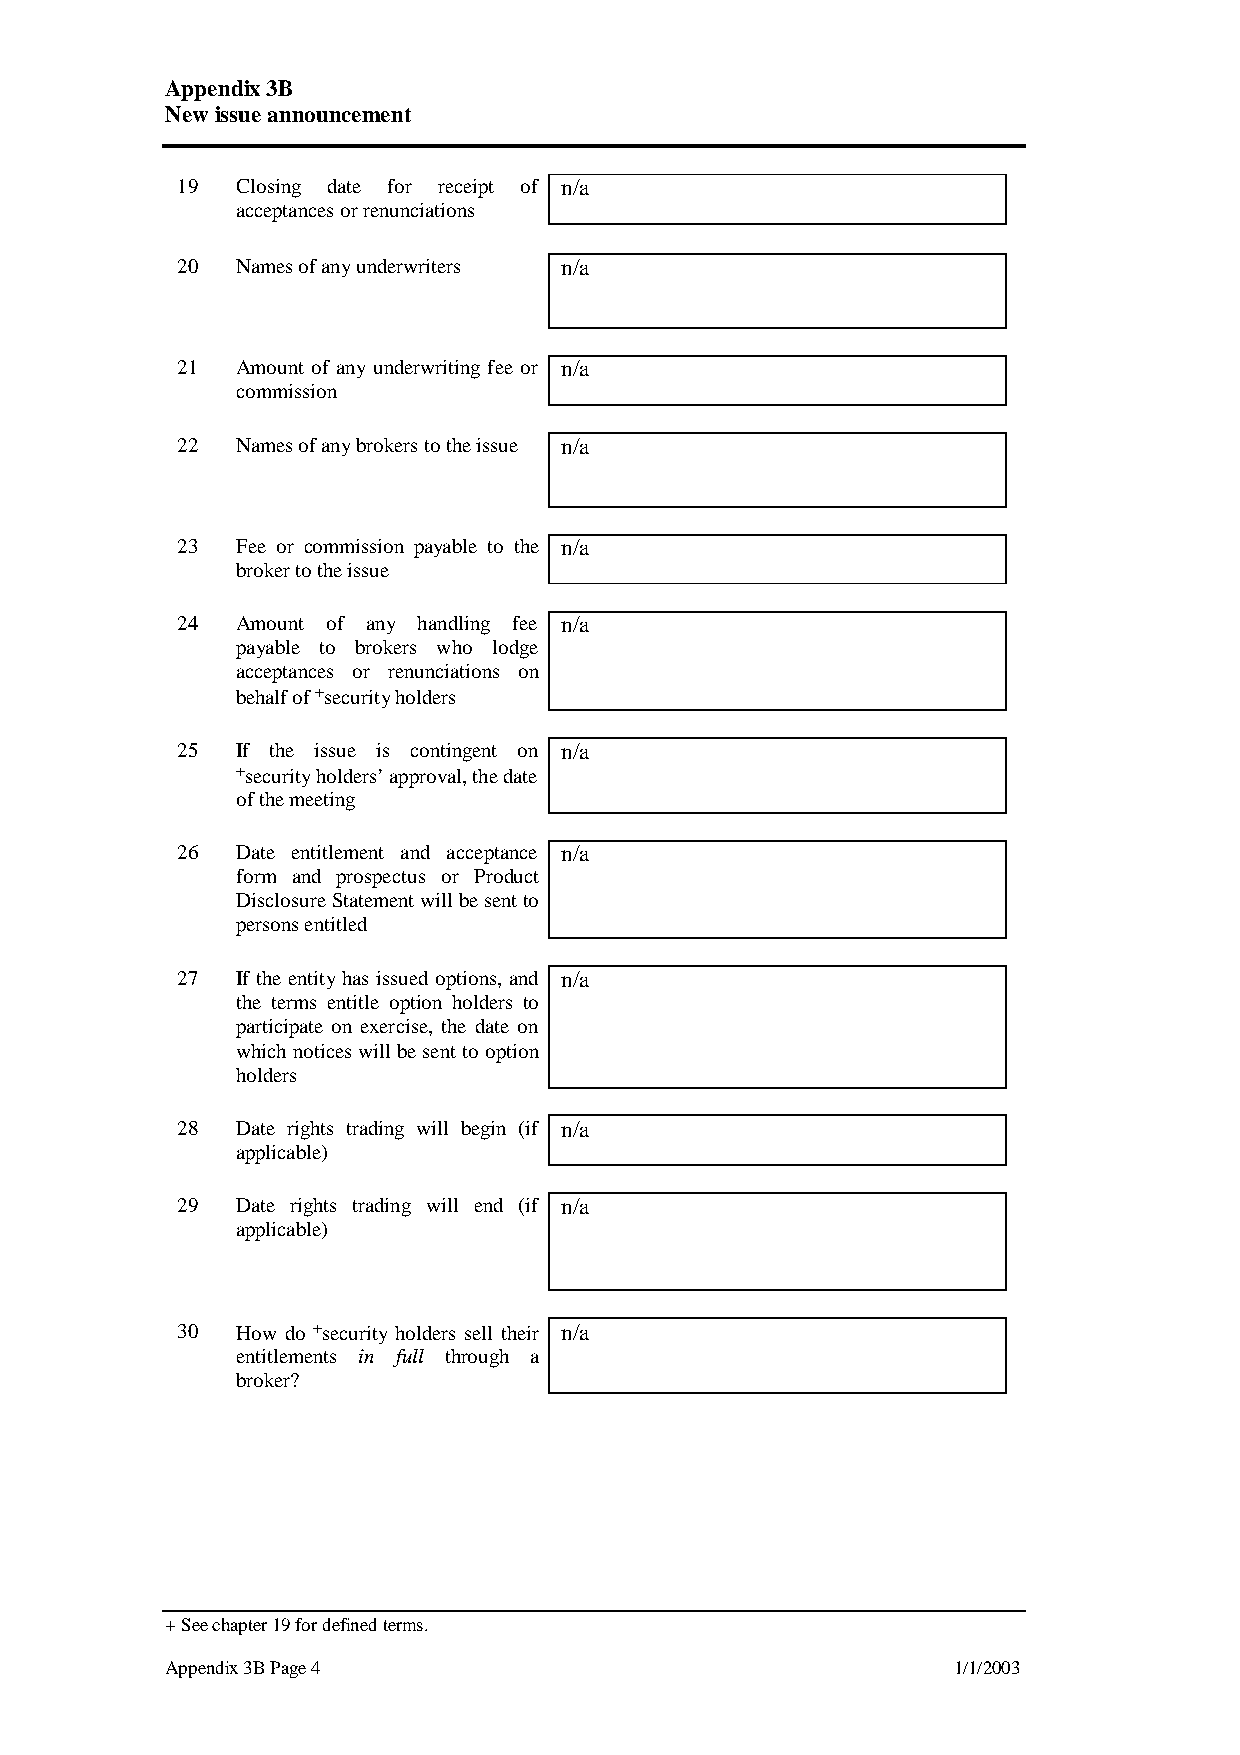
Appendix3B
 New issueannouncement
 19  Closing date for receipt of n/a
 acceptancesorrenunciations
 20  Namesofanyunderwriters n/a
 21  Amount of any underwriting fee or n/a
 commission
 22  Namesofanybrokerstotheissue n/a
 23  Fee or commission payable to the n/a
 brokertotheissue
 24  Amount of any handling fee n/a
 payable to brokers who lodge
 acceptances or renunciations on
 behalfof+securityholders
 25  If the issue is contingent on n/a
 +securityholders’approval,thedate
 ofthemeeting
 26  Date entitlement and acceptance n/a
 form and prospectus or Product
 DisclosureStatementwillbesentto
 personsentitled
 27  If the entityhas issued options, and n/a
 the terms entitle option holders to
 participate on exercise, the date on
 which noticeswillbesentto option
 holders
 28  Date rights trading will begin (if n/a
 applicable)
 29  Date rights trading will end (if n/a
 applicable)
 30  How do +security holders sell their n/a
 entitlements in full through a
 broker?
 +Seechapter19fordefinedterms.
 Appendix3BPage4                                     1/1/2003